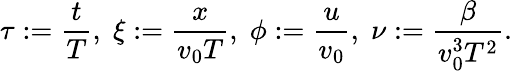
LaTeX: \tau:=\frac{t}{T},\; \xi:=\frac{x}{v_{0}T},\; \phi:=\frac{u}{v_{0}},\; \nu:=\frac{\beta}{v_{0}^{3}T^{2}}.